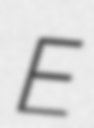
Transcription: E